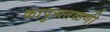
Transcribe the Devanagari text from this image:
कापुसतळणी